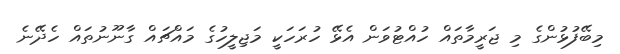
މިބޭފުޅުންގެ މި ޖަރީމާތައް ހުއްޓުވަން އެޅޭ ހުރަހަކީ މަޖިލީހުގެ މައްޗައް ގާނޫނުތައް ހެދޭނެ